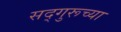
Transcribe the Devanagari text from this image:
सद्गुरूच्या